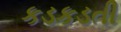
કડકડતી